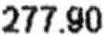
277.90